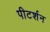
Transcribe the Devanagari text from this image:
पीटर्शन